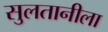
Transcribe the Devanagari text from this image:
सुलतानीला